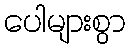
ပေါများစွာ